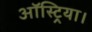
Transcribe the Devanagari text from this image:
ऑस्ट्रिया।